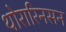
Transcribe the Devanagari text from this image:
थोरारिनसन